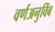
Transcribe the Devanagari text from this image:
वर्णअनुविंब